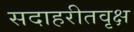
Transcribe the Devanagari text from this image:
सदाहरीतवृक्ष